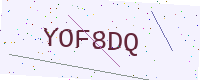
Text: YOF8DQ